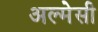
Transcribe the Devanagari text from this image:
अल्मेसी